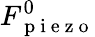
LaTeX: F_{\mathrm{~p~i~e~z~o~}}^{0}